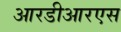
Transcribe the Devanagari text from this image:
आरडीआरएस